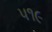
૫૧૯